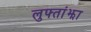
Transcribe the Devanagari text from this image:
लुफ्तांझा